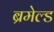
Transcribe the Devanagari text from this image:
ब्रमेल्ड